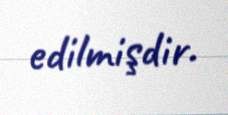
edilmişdir.